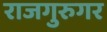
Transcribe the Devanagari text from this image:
राजगुरुगर